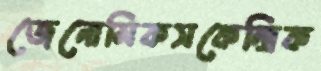
জেনোমিকসকেন্দ্রিক